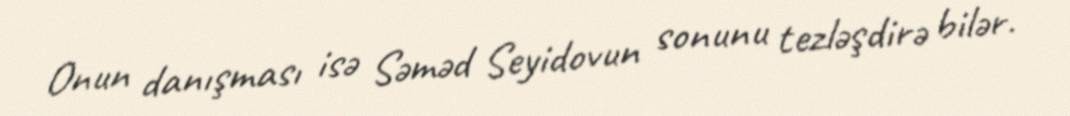
Onun danışması isə Səməd Seyidovun sonunu tezləşdirə bilər.